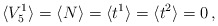
\begin{align*}\langle V_5^1\rangle=\langle N\rangle=\langle t^1\rangle=\langle t^2\rangle=0\, ,\end{align*}